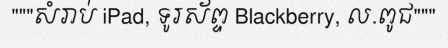
"""សំរាប់ iPad, ទូរស័ព្ទ Blackberry, ល.ពូជ"""